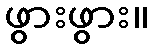
ဖွားဖွား။